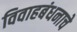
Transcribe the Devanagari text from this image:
विवाहबंधनाचे